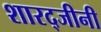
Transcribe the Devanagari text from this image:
शारद्जीनी